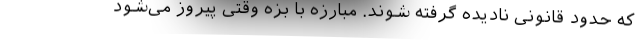
که حدود قانونی نادیده گرفته شوند. مبارزه با بزه وقتی پیروز می‌شود